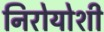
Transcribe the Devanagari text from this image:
निरोयोशी